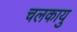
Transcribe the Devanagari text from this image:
चलकायु